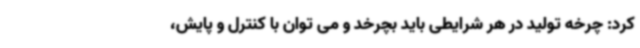
کرد: چرخه تولید در هر شرایطی باید بچرخد و می توان با کنترل و پایش،